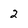
Character: 2